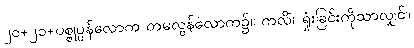
၂၀+၂၁+ပစ္စုပ္ပန်လောက တမလွန်လောက၌။ ကလိံ၊ ရှုံးခြင်းကိုသာလျှင်။